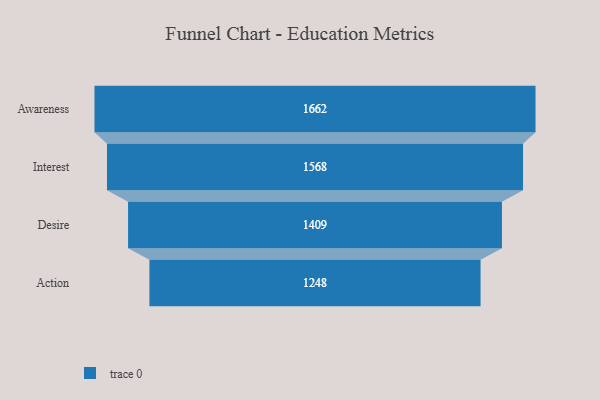
{"axis": {"x": "Stage", "y": "Value"}, "legend": [""], "data": [{"x": "Awareness", "y": 1662.0, "type": ""}, {"x": "Interest", "y": 1568.0, "type": ""}, {"x": "Desire", "y": 1409.0, "type": ""}, {"x": "Action", "y": 1248.0, "type": ""}]}